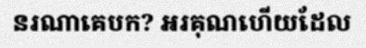
នរណាគេបក? អរគុណហើយដែល